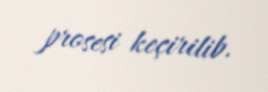
prosesi keçirilib.